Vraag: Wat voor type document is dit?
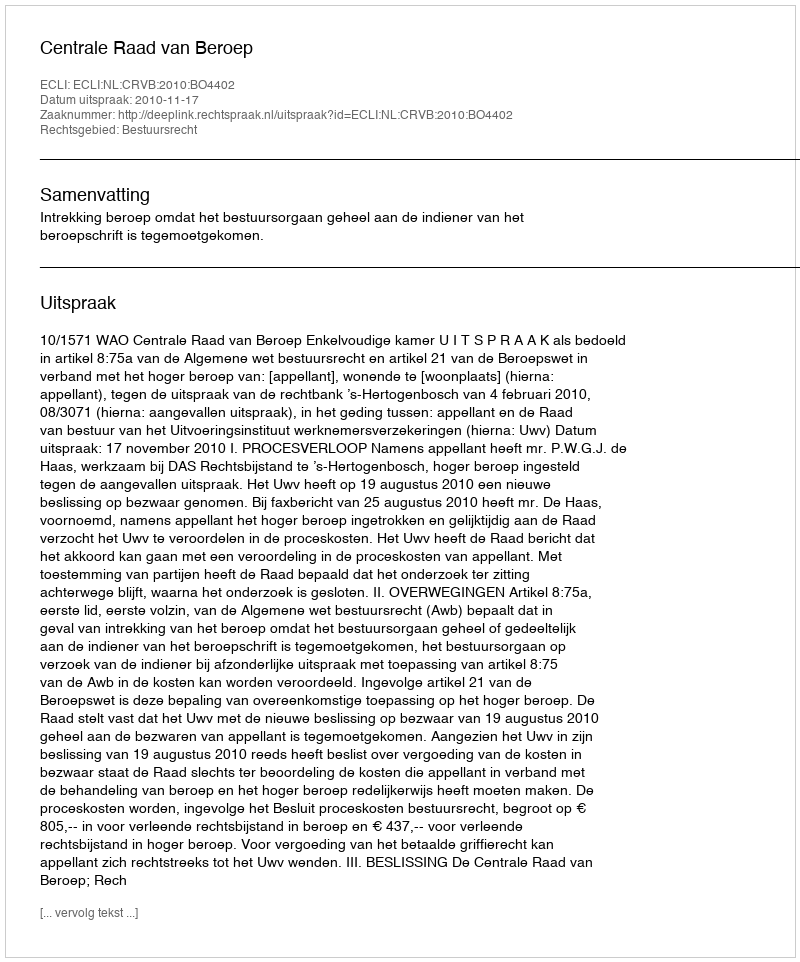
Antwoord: Uitspraak